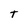
Character: t